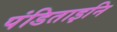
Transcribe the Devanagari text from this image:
पंडिताइनि